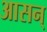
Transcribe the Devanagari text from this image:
आसन्